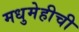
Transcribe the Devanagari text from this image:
मधुमेहीची